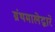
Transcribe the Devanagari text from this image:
ग्रंथमालेद्वारे